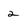
Character: 2